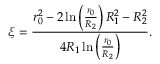
\xi = \frac { r _ { 0 } ^ { 2 } - 2 \ln \left( \frac { r _ { 0 } } { R _ { 2 } } \right) R _ { 1 } ^ { 2 } - R _ { 2 } ^ { 2 } } { 4 R _ { 1 } \ln \left( \frac { r _ { 0 } } { R _ { 2 } } \right) } .